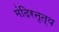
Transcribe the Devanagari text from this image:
मंदिरनृत्य